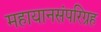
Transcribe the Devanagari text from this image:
महायानसंपरिग्रह